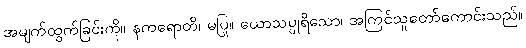
အမျက်ထွက်ခြင်းကို။ နကရောတိ၊ မပြု။ ယောသပ္ပုရိသော၊ အကြင်သူတော်ကောင်းသည်။